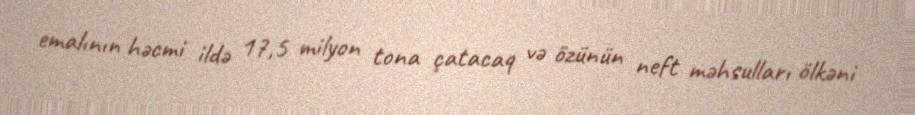
emalının həcmi ildə 17,5 milyon tona çatacaq və özünün neft məhsulları ölkəni